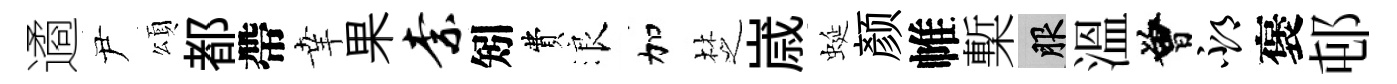
遹尹頌都帶𦍒果柰矧費浪加椘𡻕蜒颜帷槧服溫曾邳褒邨